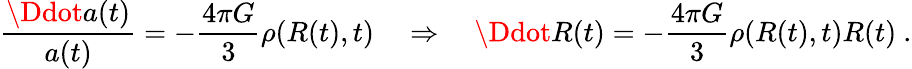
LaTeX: \frac{\Ddot{a}(t)}{a(t)}=-\frac{4\pi G}{3}\rho(R(t),t)\quad\Rightarrow\quad\Ddot{R}(t)=-\frac{4\pi G}{3}\rho(R(t),t)R(t)\ .